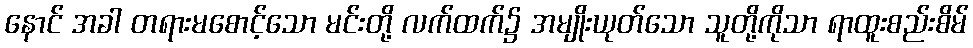
နောင် အခါ တရားမစောင့်သော မင်းတို့ လက်ထက်၌ အမျိုးယုတ်သော သူတို့ကိုသာ ရာထူးစည်းစိမ်